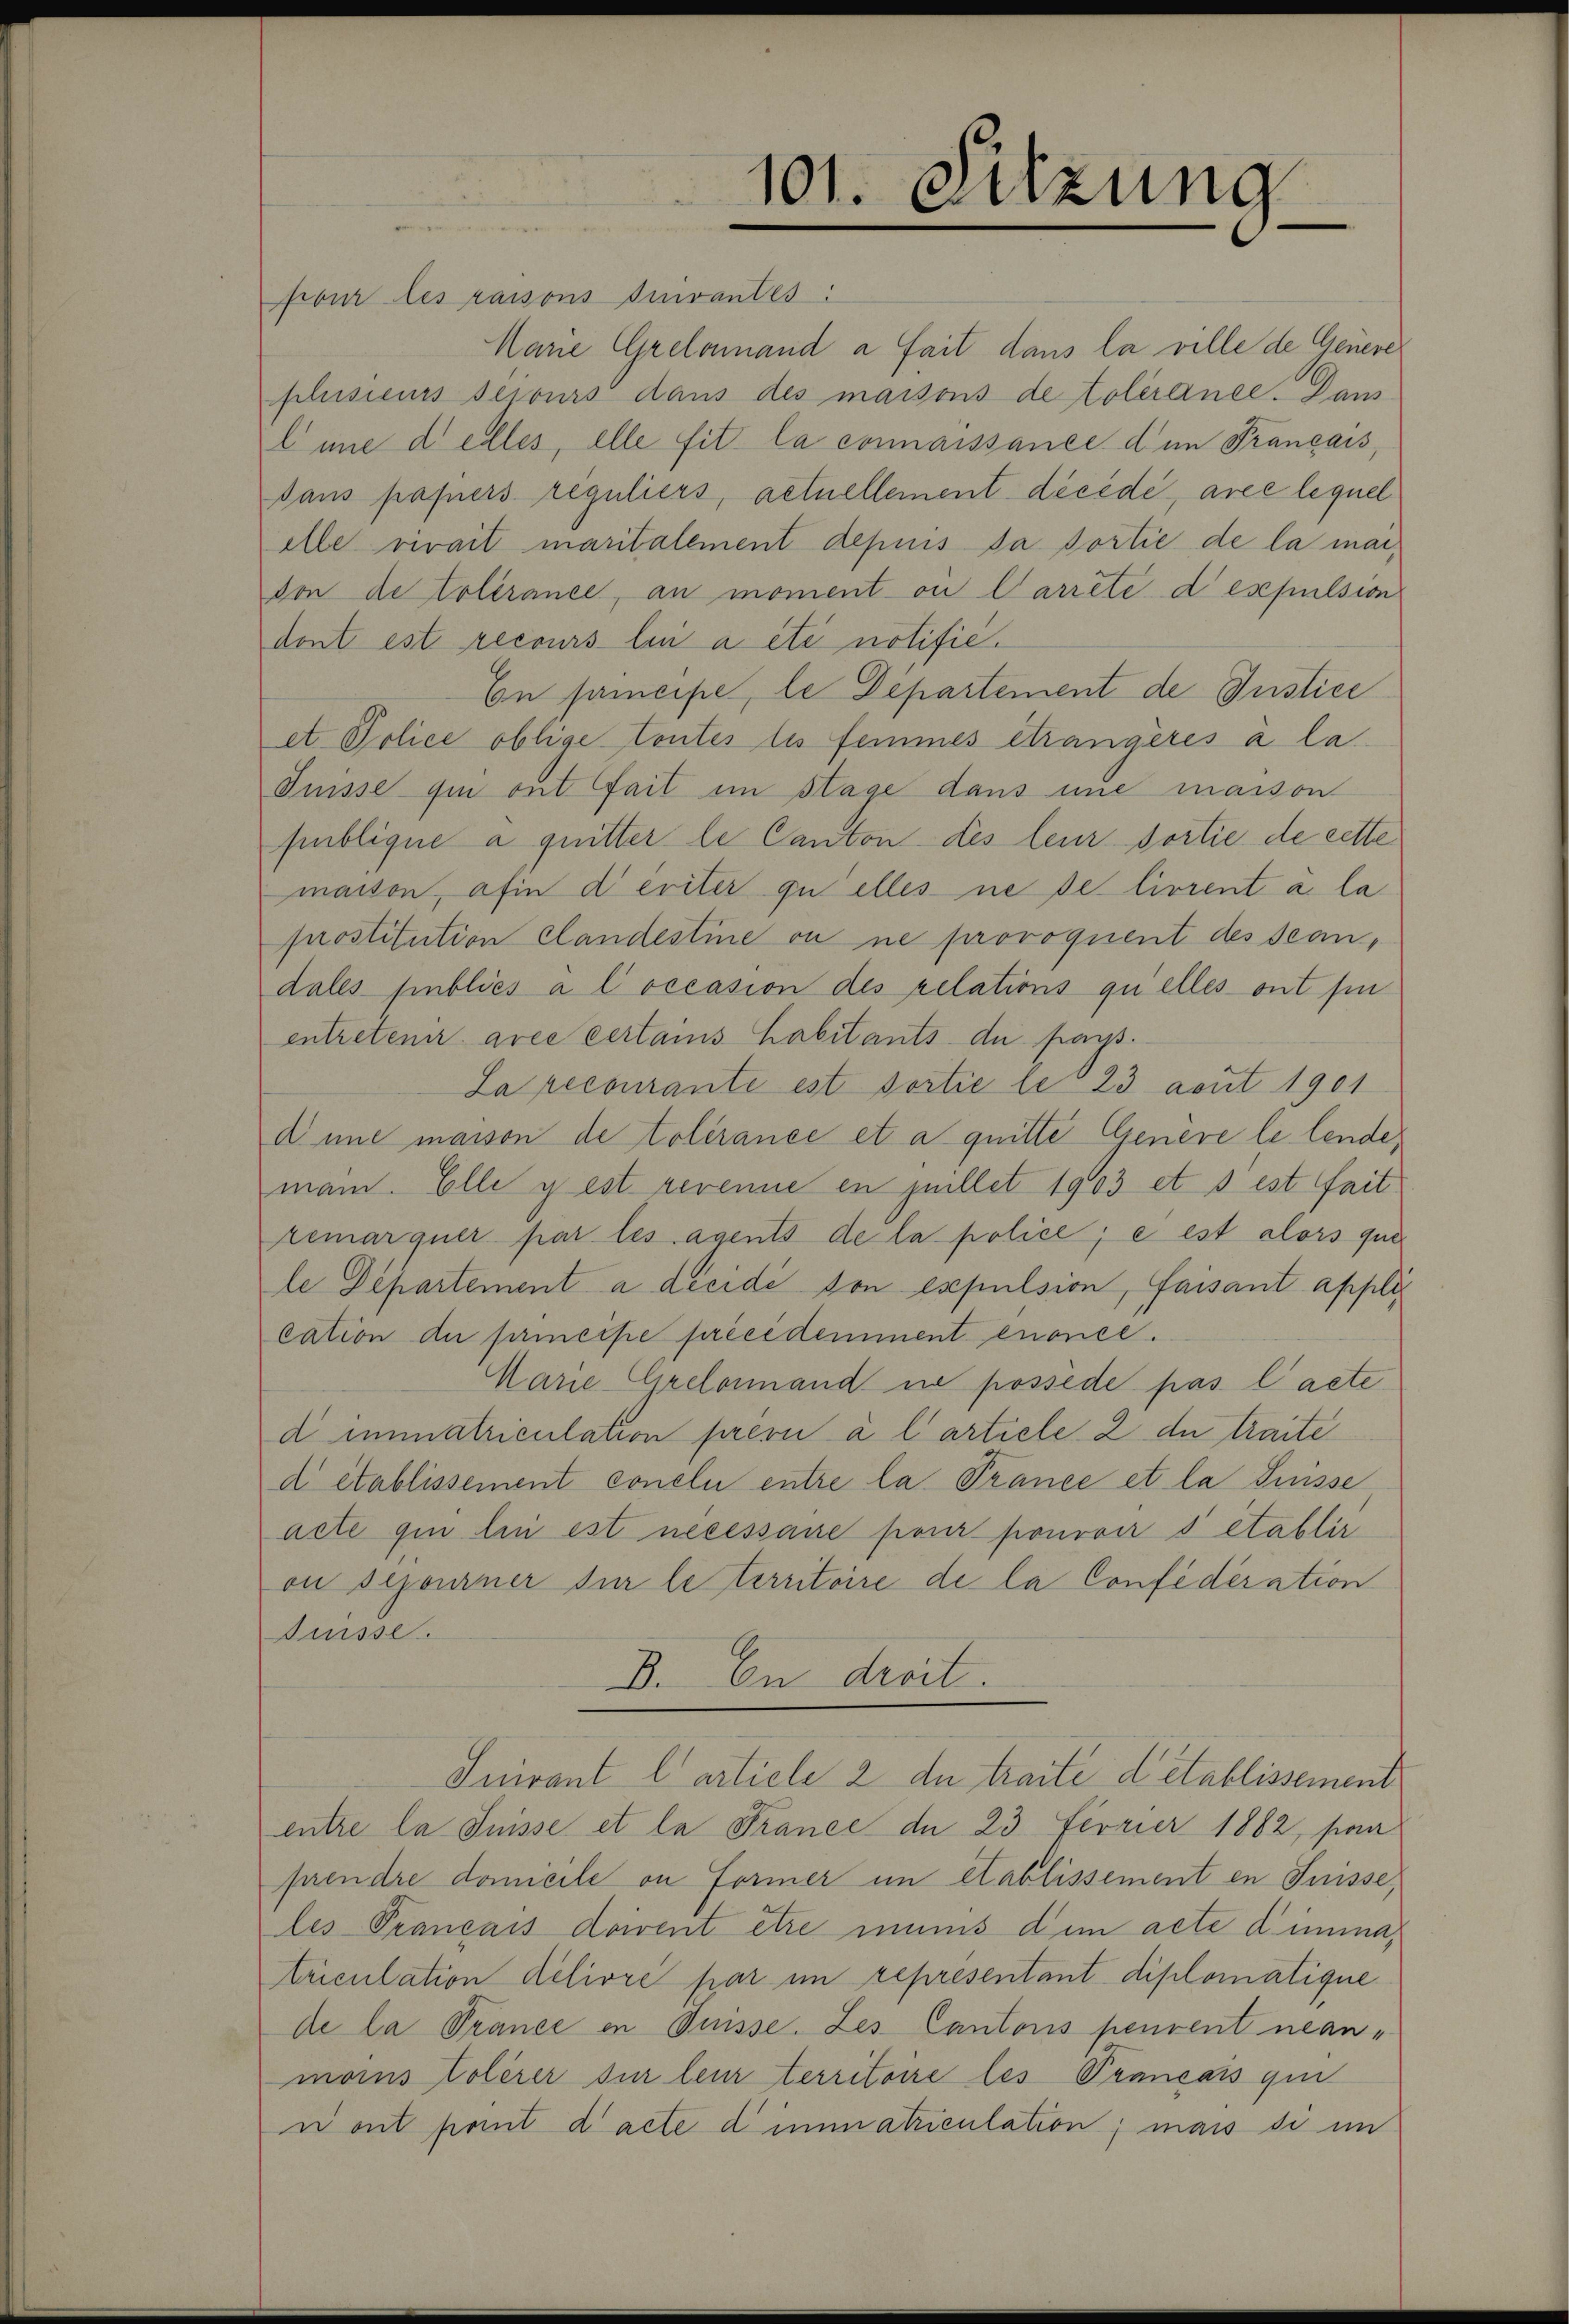
101. Sitzung

four les raisons suivantes:
Marie Grelonand a fait dans la ville de Genere
plusieurs secours dans des maisons de tolérance. Dan
line delles, elle sit la connaissance dem Français,
sans papiers reguliers, actuellement décédé, avec lequel
ille vivait maritalement depuis da dortie de la marvon de tolérance, an moment on Carrête despulsion
dont est recours bei a été notific.
En fmeipe, le Departement de Justice
et. Police oblige toutes les femmes étrangères à la
Puisse qui ont fait im stage dans eine masson
publique à quitter le Canton des leur dortie de cette
maison, afin diriter quelles ne de lirrent a la
prostitution clandestine ou ne provoquent des scandales publiés a l occasion des relations quelles ont sie
entretener arée certains habitants de pass.
La recourante est sortie le 23 acut 1901
d une maison de tolérance et à quitte Genève le lende
mann. Elle y est vereine en juillet 1903 et s est fait
remarquer par les agents de la police, e est alors que
le Departement a décide von expulsion, faisant appli
cation der fermesse précédemment enonce.
Marie Greloinand ne possède pas l’acte
d immatriculation privi à l’artiele 2 de traite
d établissement conclu entre la Trance et la Puisse
acte qui lin est necessane pour pouvoir s établir
on schonner der le territoire de la Confederation
Suisse.
B. In droit.
Suivant l’artiele 2 du traite detablissement
entre la Suisse et la France de 23 Ferrier 1882, par
prendre domicile an Former im établissement en Suisse,
les Trançais doivent être immnis dem acte diminatriculation délivre par im representant diplomatique
de la Trance in Düsse. Les Cantons peuvent neanmoins tolerer sur lein territoire les Prançais qui
ront point d’acte dimmatriculation; mais si im